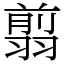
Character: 翦